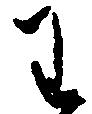
わ